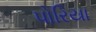
પોરિયા